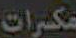
مكسرات